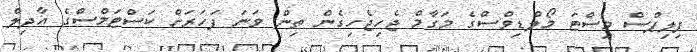
ފިލިޕްސް މިސްޓަ މޯލްޑިވްސްގެ މަގާމް ޖެހިޖެހިގެން ތިން ވަނަ ފަހަރަށް ކަސްޓަމްސްގެ އާދިލް